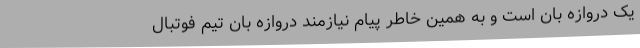
یک دروازه بان است و به همین خاطر پیام نیازمند دروازه بان تیم فوتبال